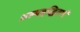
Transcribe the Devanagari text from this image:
अल्पबुद्धिताएँ